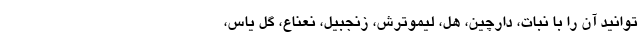
توانید آن را با نبات، دارچین، هل، لیموترش، زنجبیل، نعناع، گل یاس،